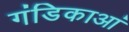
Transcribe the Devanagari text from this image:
गंडिकाआं